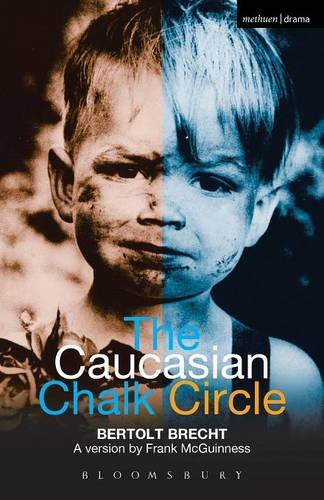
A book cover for The Caucasian Chalk Circle (Modern Plays); Bertolt Brecht; Law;